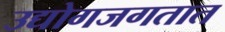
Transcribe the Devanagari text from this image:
उद्योगजगतात